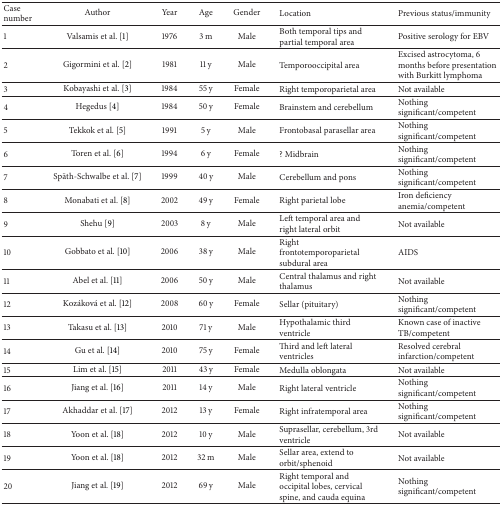
| Case number | Author | Year | Age | Gender | Location | Previous status/immunity |
 | --- | --- | --- | --- | --- | --- | --- |
 | 1 | Valsamis et al. [1] | 1976 | 3 m | Male | Both temporal tips and partial temporal area | Positive serology for EBV |
 | 2 | Gigormini et al. [2] | 1981 | 11 y | Male | Temporooccipital area | Excised astrocytoma, 6 months before presentation with Burkitt lymphoma |
 | 3 | Kobayashi et al. [3] | 1984 | 55 y | Female | Right temporoparietal area | Not available |
 | 4 | Hegedus [4] | 1984 | 50 y | Female | Brainstem and cerebellum | Nothing significant/competent |
 | 5 | Tekkok et al. [5] | 1991 | 5 y | Male | Frontobasal parasellar area | Nothing significant/competent |
 | 6 | Toren et al. [6] | 1994 | 6 y | Female | ? Midbrain | Nothing significant/competent |
 | 7 | Späth-Schwalbe et al. [7] | 1999 | 40 y | Male | Cerebellum and pons | Nothing significant/competent |
 | 8 | Monabati et al. [8] | 2002 | 49 y | Female | Right parietal lobe | Iron deficiency anemia/competent |
 | 9 | Shehu [9] | 2003 | 8 y | Male | Left temporal area and right lateral orbit | Not available |
 | 10 | Gobbato et al. [10] | 2006 | 38 y | Male | Right frontotemporoparietal subdural area | AIDS |
 | 11 | Abel et al. [11] | 2006 | 50 y | Male | Central thalamus and right thalamus | Not available |
 | 12 | Kozáková et al. [12] | 2008 | 60 y | Female | Sellar (pituitary) | Nothing significant/competent |
 | 13 | Takasu et al. [13] | 2010 | 71 y | Male | Hypothalamic third ventricle | Known case of inactive TB/competent |
 | 14 | Gu et al. [14] | 2010 | 75 y | Female | Third and left lateral ventricles | Resolved cerebral infarction/competent |
 | 15 | Lim et al. [15] | 2011 | 43 y | Female | Medulla oblongata | Not available |
 | 16 | Jiang et al. [16] | 2011 | 14 y | Male | Right lateral ventricle | Nothing significant/competent |
 | 17 | Akhaddar et al. [17] | 2012 | 13 y | Female | Right infratemporal area | Nothing significant/competent |
 | 18 | Yoon et al. [18] | 2012 | 10 y | Male | Suprasellar, cerebellum, 3rd ventricle | Not available |
 | 19 | Yoon et al. [18] | 2012 | 32 m | Male | Sellar area, extend to orbit/sphenoid | Not available |
 | 20 | Jiang et al. [19] | 2012 | 69 y | Male | Right temporal and occipital lobes, cervical spine, and cauda equina | Nothing significant/competent |